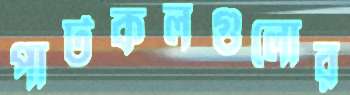
পাটকলগুলোর